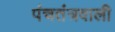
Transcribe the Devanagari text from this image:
पंचतंत्रवाली